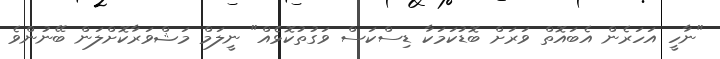
"ނާހީ އަހަރެން އެބައޮތް ވަރަށް ބޮޑުކަމަކާ ޑިސްކަސް ވަގުތުކޮޅެއް" ނީލަމް މަޝްވަރާކޮށްލަން ބޭނުންވެ